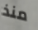
منذ